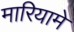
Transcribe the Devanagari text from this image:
मारियामे